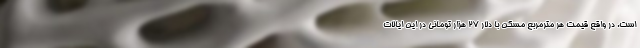
است. در واقع قیمت هر مترمربع مسکن با دلار 27 هزار تومانی در این ایالات